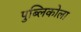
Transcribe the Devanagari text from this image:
पुब्लिकोला